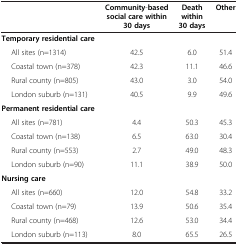
|  | Community-based social care within 30 days | Death within 30 days | Other |
 | --- | --- | --- | --- |
 | Temporary residential care |  |  |  |
 | All sites (n=1314) | 42.5 | 6.0 | 51.4 |
 | Coastal town (n=378) | 42.3 | 11.1 | 46.6 |
 | Rural county (n=805) | 43.0 | 3.0 | 54.0 |
 | London suburb (n=131) | 40.5 | 9.9 | 49.6 |
 | Permanent residential care |  |  |  |
 | All sites (n=781) | 4.4 | 50.3 | 45.3 |
 | Coastal town (n=138) | 6.5 | 63.0 | 30.4 |
 | Rural county (n=553) | 2.7 | 49.0 | 48.3 |
 | London suburb (n=90) | 11.1 | 38.9 | 50.0 |
 | Nursing care |  |  |  |
 | All sites (n=660) | 12.0 | 54.8 | 33.2 |
 | Coastal town (n=79) | 13.9 | 50.6 | 35.4 |
 | Rural county (n=468) | 12.6 | 53.0 | 34.4 |
 | London suburb (n=113) | 8.0 | 65.5 | 26.5 |